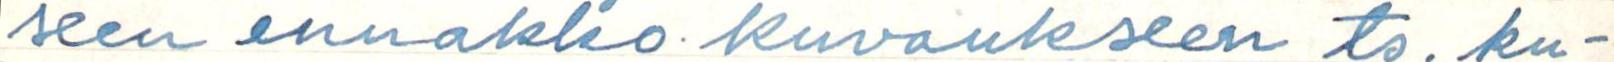
seen ennakko kuvaukseen ts. ku-